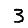
Digit: 3